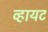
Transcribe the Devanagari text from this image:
व्हायट